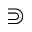
\Supset